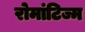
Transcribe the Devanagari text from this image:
रोमांटिज्म